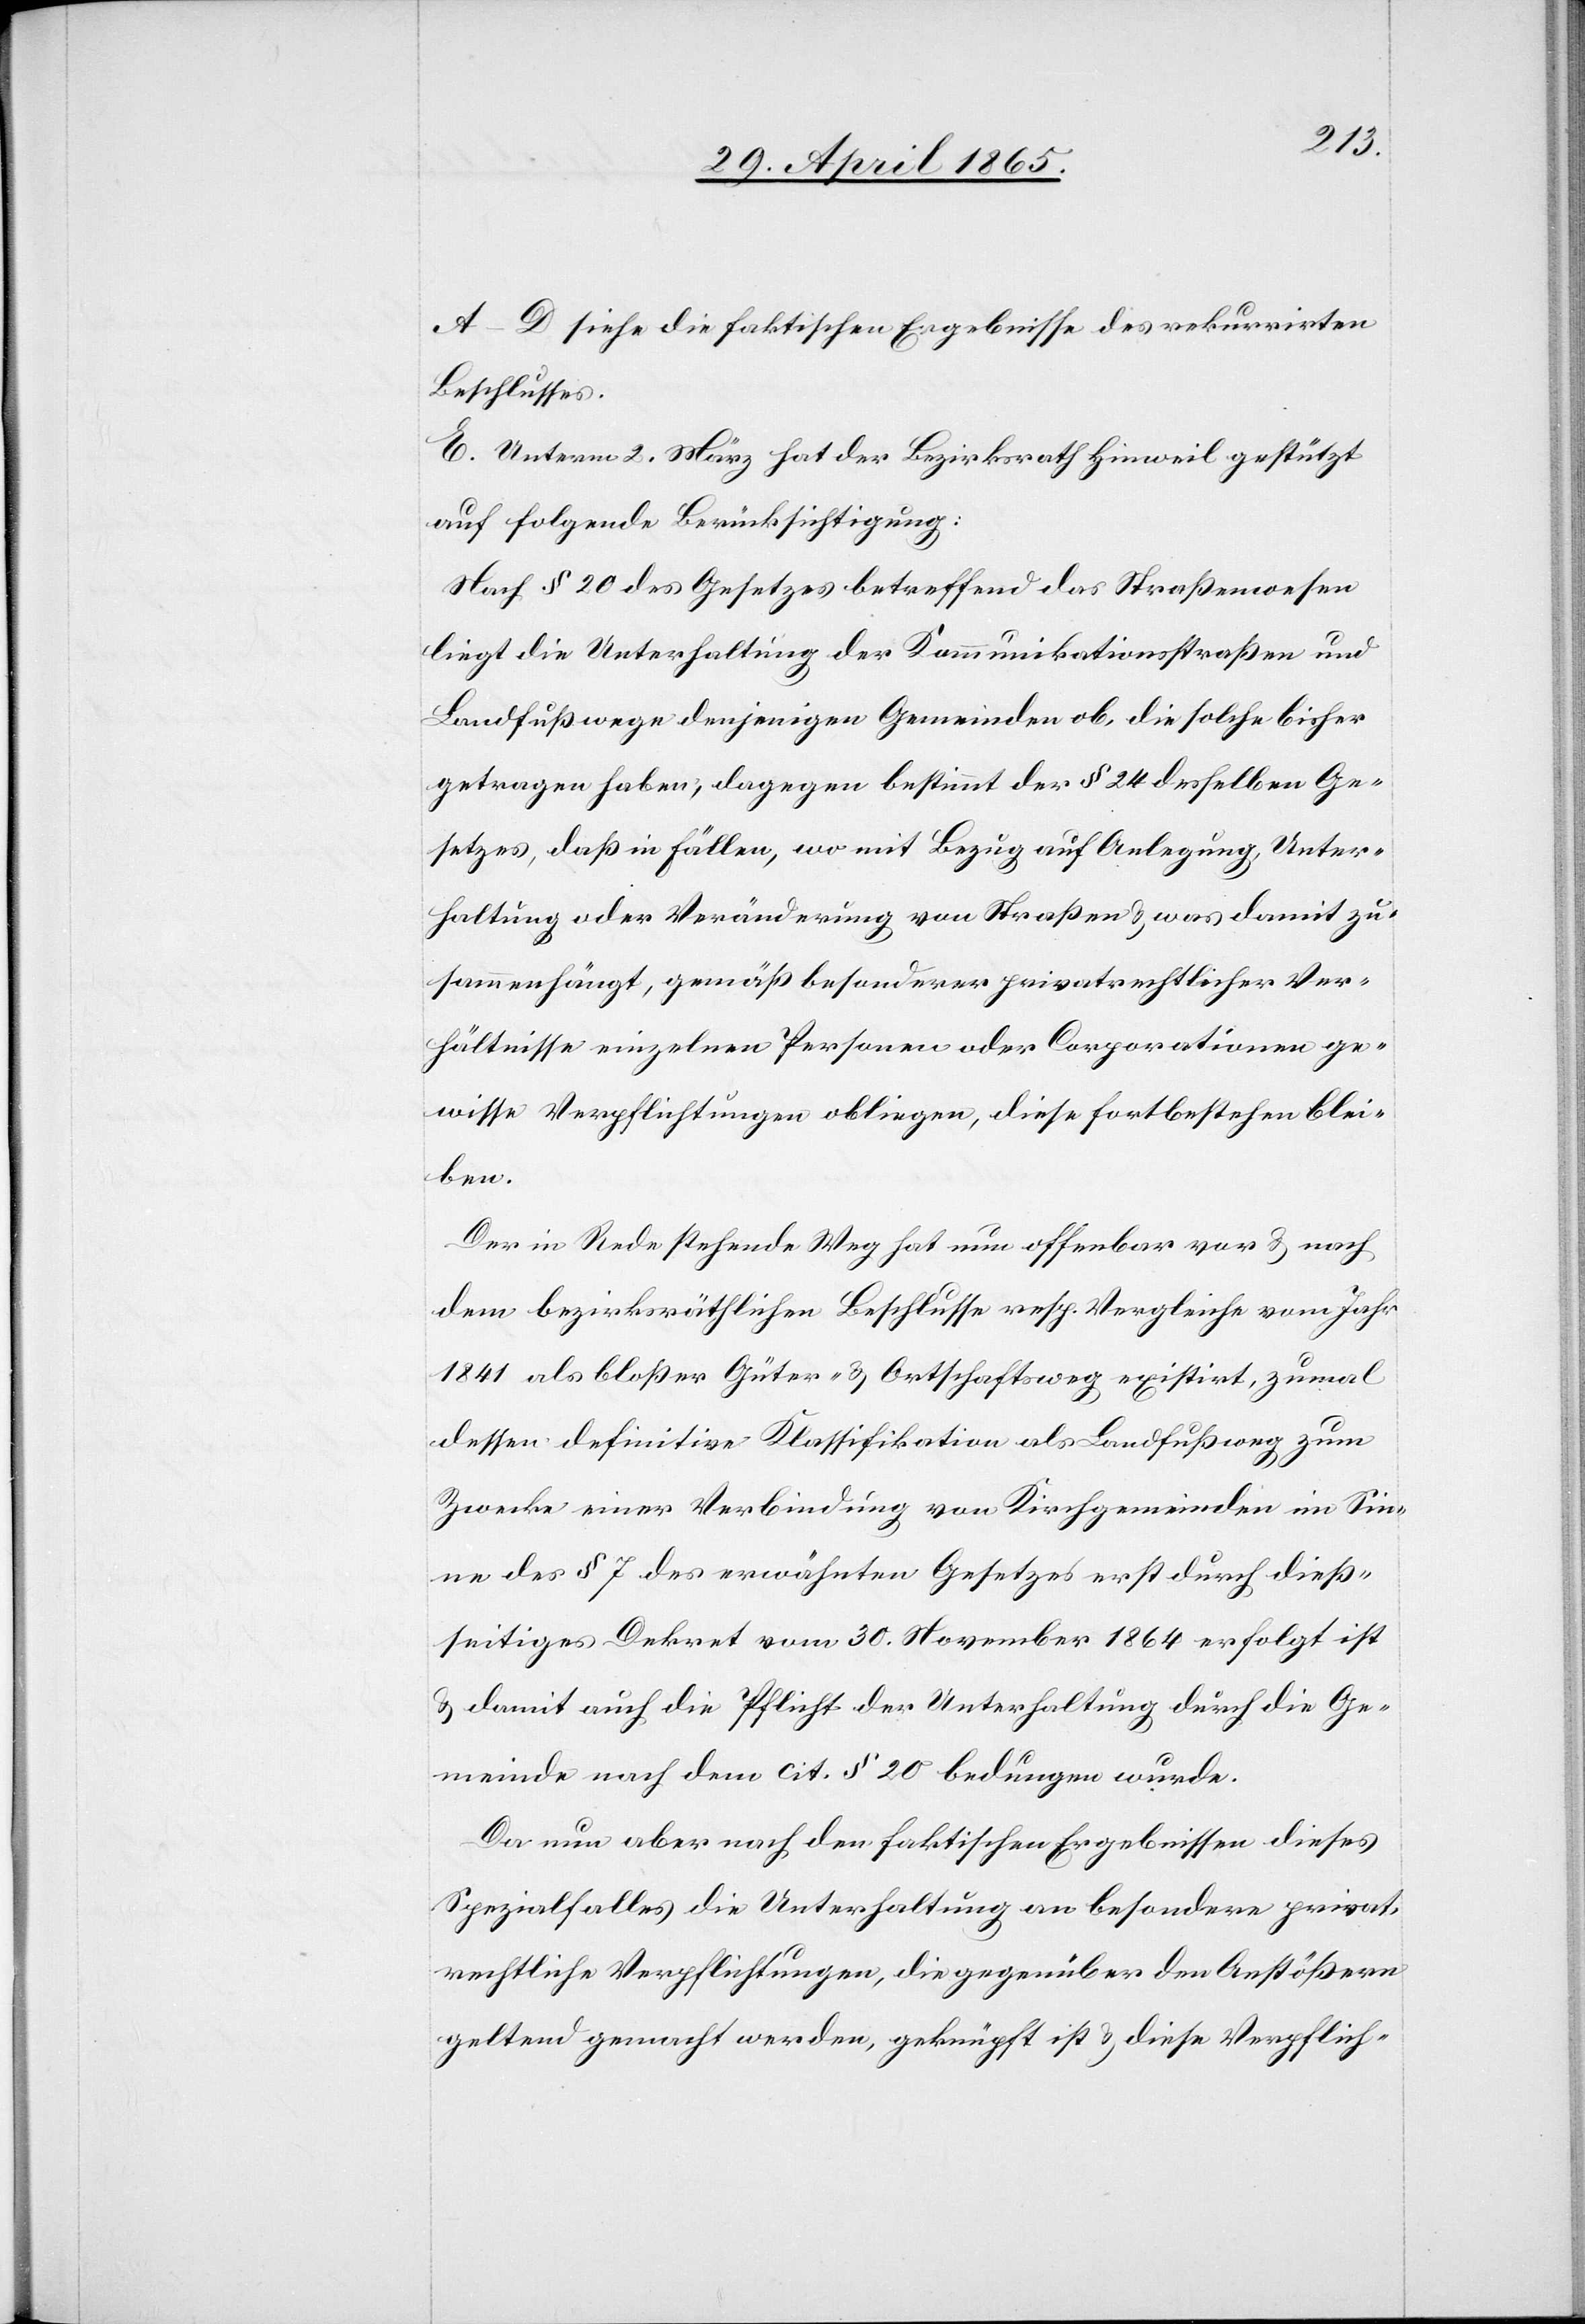
A–D siehe die faktischen Ergebnisse des rekurrirten
Beschlusses.
E. Unterm 2. März hat der Bezirksrath Hinweil gestützt
auf folgende Berücksichtigung:
Nach § 20 des Gesetzes betreffend das Straßenwesen
liegt die Unterhaltung der Kommunikationsstraßen und
Landfußwege denjenigen Gemeinden ob, die solche bisher
getragen haben, dagegen bestimmt der § 24 desselben Ge¬
setzes, daß in Fällen, wo mit Bezug auf Anlegung, Unter¬
haltung oder Veränderung von Straßen & was damit zu¬
sammenhängt, gemäß besonderer privatrechtlicher Ver¬
hältnisse einzelnen Personen oder Corporationen ge¬
wisse Verpflichtungen obliegen, diese fortbestehen blei¬
ben.
Der in Rede stehende Weg hat nun offenbar vor & nach
dem bezirksräthlichen Beschlusse resp. Vergleiche vom Jahr
1841 als bloßer Güter- & Ortschaftsweg existirt, zumal
dessen definitive Klassifikation als Landfußweg zum
Zwecke einer Verbindung von Kirchgemeinden im Sin¬
ne des § 7 des erwähnten Gesetzes erst durch dieß¬
seitiges Dekret vom 30. November 1864 erfolgt ist
& damit auch die Pflicht der Unterhaltung durch die Ge¬
meinde nach dem cit. § 20 bedungen wurde.
Da nun aber nach den faktischen Ergebnissen dieses
Spezialfalles die Unterhaltung an besondere privat¬
rechtliche Verpflichtungen, die gegenüber den Anstößern
geltend gemacht werden, geknüpft ist & diese Verpflich-